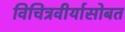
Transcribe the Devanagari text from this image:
विचित्रवीर्यासोबत